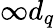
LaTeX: \infty d_{q}